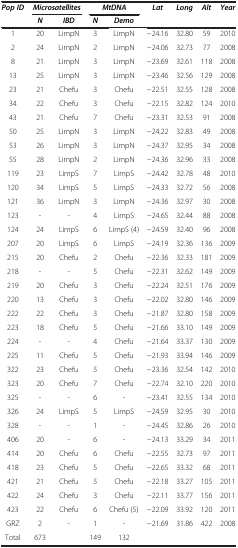
<table><thead><tr><td><b><i>Pop ID</i></b></td><td colspan="2"><b><i>Microsatellites</i></b></td><td colspan="2"><b><i>MtDNA</i></b></td><td><b><i>Lat</i></b></td><td><b><i>Long</i></b></td><td><b><i>Alt</i></b></td><td><b><i>Year</i></b></td></tr><tr><td><b> </b></td><td><b><i>N</i></b></td><td><b><i>IBD</i></b></td><td><b><i>N</i></b></td><td><b><i>Demo</i></b></td><td><b> </b></td><td><b> </b></td><td><b> </b></td><td><b> </b></td></tr></thead><tbody><tr><td>1</td><td>20</td><td>LimpN</td><td>3</td><td>LimpN</td><td>−24.16</td><td>32.80</td><td>59</td><td>2010</td></tr><tr><td>2</td><td>24</td><td>LimpN</td><td>2</td><td>LimpN</td><td>−24.06</td><td>32.73</td><td>77</td><td>2008</td></tr><tr><td>8</td><td>21</td><td>LimpN</td><td>3</td><td>LimpN</td><td>−23.69</td><td>32.61</td><td>118</td><td>2008</td></tr><tr><td>13</td><td>25</td><td>LimpN</td><td>3</td><td>LimpN</td><td>−23.46</td><td>32.56</td><td>129</td><td>2008</td></tr><tr><td>23</td><td>21</td><td>Chefu</td><td>3</td><td>Chefu</td><td>−22.51</td><td>32.55</td><td>128</td><td>2008</td></tr><tr><td>34</td><td>22</td><td>Chefu</td><td>3</td><td>Chefu</td><td>−22.15</td><td>32.82</td><td>124</td><td>2010</td></tr><tr><td>43</td><td>21</td><td>Chefu</td><td>7</td><td>Chefu</td><td>−23.31</td><td>32.53</td><td>91</td><td>2008</td></tr><tr><td>50</td><td>25</td><td>LimpN</td><td>3</td><td>LimpN</td><td>−24.22</td><td>32.83</td><td>49</td><td>2008</td></tr><tr><td>53</td><td>26</td><td>LimpN</td><td>3</td><td>LimpN</td><td>−24.37</td><td>32.95</td><td>34</td><td>2008</td></tr><tr><td>55</td><td>28</td><td>LimpN</td><td>2</td><td>LimpN</td><td>−24.36</td><td>32.96</td><td>33</td><td>2008</td></tr><tr><td>119</td><td>23</td><td>LimpS</td><td>7</td><td>LimpS</td><td>−24.42</td><td>32.78</td><td>48</td><td>2010</td></tr><tr><td>120</td><td>34</td><td>LimpS</td><td>5</td><td>LimpS</td><td>−24.33</td><td>32.72</td><td>56</td><td>2008</td></tr><tr><td>121</td><td>36</td><td>LimpN</td><td>3</td><td>LimpN</td><td>−24.36</td><td>32.97</td><td>30</td><td>2008</td></tr><tr><td>123</td><td>-</td><td>-</td><td>4</td><td>LimpS</td><td>−24.65</td><td>32.44</td><td>88</td><td>2008</td></tr><tr><td>124</td><td>24</td><td>LimpS</td><td>6</td><td>LimpS (4)</td><td>−24.59</td><td>32.40</td><td>96</td><td>2008</td></tr><tr><td>207</td><td>20</td><td>LimpS</td><td>6</td><td>LimpS</td><td>−24.19</td><td>32.36</td><td>136</td><td>2009</td></tr><tr><td>215</td><td>20</td><td>Chefu</td><td>2</td><td>Chefu</td><td>−22.36</td><td>32.33</td><td>181</td><td>2009</td></tr><tr><td>218</td><td>-</td><td>-</td><td>5</td><td>Chefu</td><td>−22.31</td><td>32.62</td><td>149</td><td>2009</td></tr><tr><td>219</td><td>20</td><td>Chefu</td><td>3</td><td>Chefu</td><td>−22.24</td><td>32.51</td><td>176</td><td>2009</td></tr><tr><td>220</td><td>13</td><td>Chefu</td><td>3</td><td>Chefu</td><td>−22.02</td><td>32.80</td><td>146</td><td>2009</td></tr><tr><td>222</td><td>22</td><td>Chefu</td><td>3</td><td>Chefu</td><td>−21.87</td><td>32.80</td><td>158</td><td>2009</td></tr><tr><td>223</td><td>18</td><td>Chefu</td><td>5</td><td>Chefu</td><td>−21.66</td><td>33.10</td><td>149</td><td>2009</td></tr><tr><td>224</td><td>-</td><td>-</td><td>4</td><td>Chefu</td><td>−21.64</td><td>33.37</td><td>130</td><td>2009</td></tr><tr><td>225</td><td>11</td><td>Chefu</td><td>5</td><td>Chefu</td><td>−21.93</td><td>33.94</td><td>146</td><td>2009</td></tr><tr><td>322</td><td>23</td><td>Chefu</td><td>5</td><td>Chefu</td><td>−23.36</td><td>32.54</td><td>142</td><td>2010</td></tr><tr><td>323</td><td>20</td><td>Chefu</td><td>7</td><td>Chefu</td><td>−22.74</td><td>32.10</td><td>220</td><td>2010</td></tr><tr><td>325</td><td>-</td><td>-</td><td>6</td><td>-</td><td>−23.41</td><td>32.55</td><td>134</td><td>2010</td></tr><tr><td>326</td><td>24</td><td>LimpS</td><td>5</td><td>LimpS</td><td>−24.59</td><td>32.95</td><td>30</td><td>2010</td></tr><tr><td>328</td><td>-</td><td>-</td><td>1</td><td>-</td><td>−24.45</td><td>32.86</td><td>26</td><td>2010</td></tr><tr><td>406</td><td>20</td><td>-</td><td>6</td><td>-</td><td>−24.13</td><td>33.29</td><td>34</td><td>2011</td></tr><tr><td>414</td><td>20</td><td>Chefu</td><td>6</td><td>Chefu</td><td>−22.55</td><td>32.73</td><td>97</td><td>2011</td></tr><tr><td>418</td><td>23</td><td>Chefu</td><td>5</td><td>Chefu</td><td>−22.65</td><td>33.32</td><td>68</td><td>2011</td></tr><tr><td>421</td><td>21</td><td>Chefu</td><td>5</td><td>Chefu</td><td>−22.18</td><td>33.27</td><td>105</td><td>2011</td></tr><tr><td>422</td><td>24</td><td>Chefu</td><td>3</td><td>Chefu</td><td>−22.11</td><td>33.77</td><td>156</td><td>2011</td></tr><tr><td>423</td><td>22</td><td>Chefu</td><td>6</td><td>Chefu (5)</td><td>−22.09</td><td>33.92</td><td>120</td><td>2011</td></tr><tr><td>GRZ</td><td>2</td><td>-</td><td>1</td><td>-</td><td>−21.69</td><td>31.86</td><td>422</td><td>2008</td></tr><tr><td>Total</td><td>673</td><td> </td><td>149</td><td>132</td><td> </td><td> </td><td> </td><td> </td></tr></tbody></table>